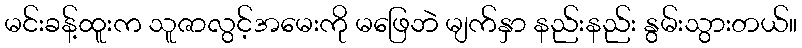
မင်းခန့်ထူးက သူဇာလွင့်အမေးကို မဖြေဘဲ မျက်နှာ နည်းနည်း နွမ်းသွားတယ်။